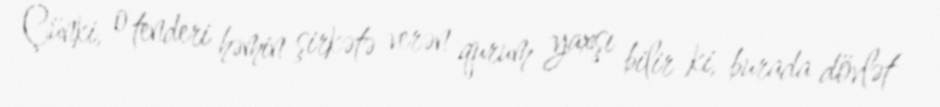
Çünki, o tenderi həmin şirkətə verən qurum yaxşı bilir ki, burada dövlət